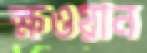
ক্ষওয়ান